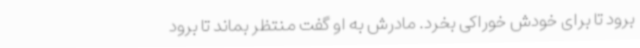
برود تا برای خودش خوراکی بخرد. مادرش به او گفت منتظر بماند تا برود